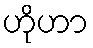
ဟိုဟာ